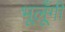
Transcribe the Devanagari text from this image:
भूलूँगी